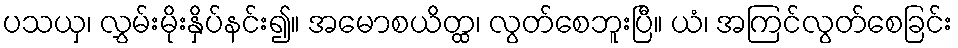
ပသယှ၊ လွှမ်းမိုးနှိပ်နင်း၍။ အမောစယိတ္ထ၊ လွတ်စေဘူးပြီ။ ယံ၊ အကြင်လွတ်စေခြင်း